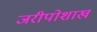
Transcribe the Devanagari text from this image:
जरीपोशाख